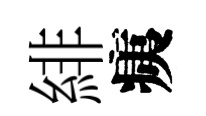
緋痍